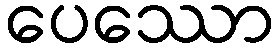
ပေဿော